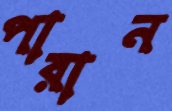
পারান